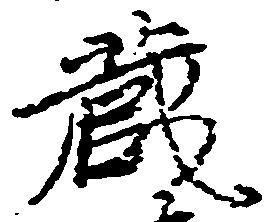
蔵